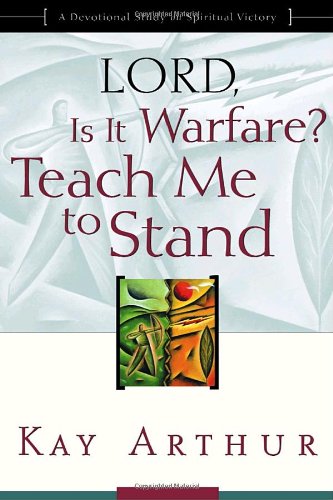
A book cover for Lord, Is It Warfare? Teach Me to Stand: A Devotional Study on Spiritual Victory; Kay Arthur; Christian Books & Bibles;